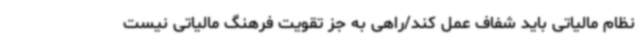
نظام مالیاتی باید شفاف عمل کند/راهی به جز تقویت فرهنگ مالیاتی نیست